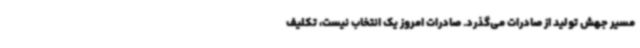
مسیر جهش تولید از صادرات می‌گذرد. صادرات امروز یک انتخاب نیست، تکلیف